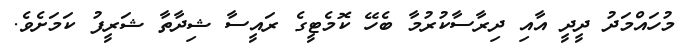
މުހައްމަދު ދީދީ އާއި ދިރާސާކުރުމާ ބެހޭ ކޮމެޓީގެ ރައީސާ ޝިދާތާ ޝަރީފު ކަމަށެވެ.